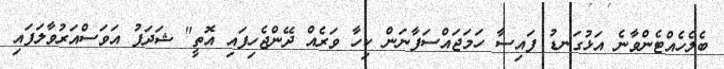
ބެލެހެއްޓެންވާނެ އަޅުގަނޑު ފައިސާ ހަމަޖައްސަފާނަން ކިހާ ވަރެއް ދޭންޖެހިފައި އޮތީ" ޝަދަފު އަވަސްއަރުވާލަފައި